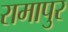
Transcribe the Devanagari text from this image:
रामापुर